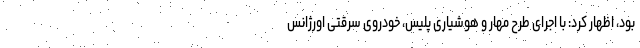
بود، اظهار کرد: با اجرای طرح مهار و هوشیاری پلیس، خودروی سرقتی اورژانس